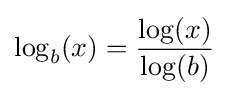
\log _{b}(x)={\frac {\log(x)}{\log(b)}}